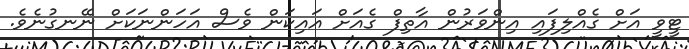
ޓީވީ އަށް ގެއްލިފައި އިންވަރުން އާތިފް ގެއަށް އައިކަން ވެސް އަހަންނަކަށް ނޭނގުނެވެ.